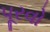
પૂરવો